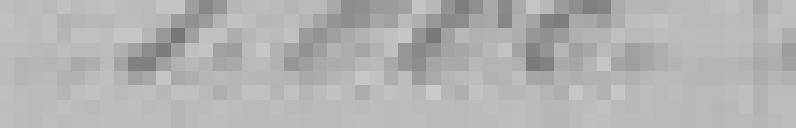
1.000